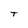
Character: t